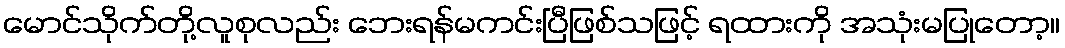
မောင်သိုက်တို့လူစုလည်း ဘေးရန်မကင်းပြီဖြစ်သဖြင့် ရထားကို အသုံးမပြုတော့။